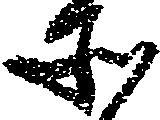
そ